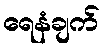
ရေနံချက်